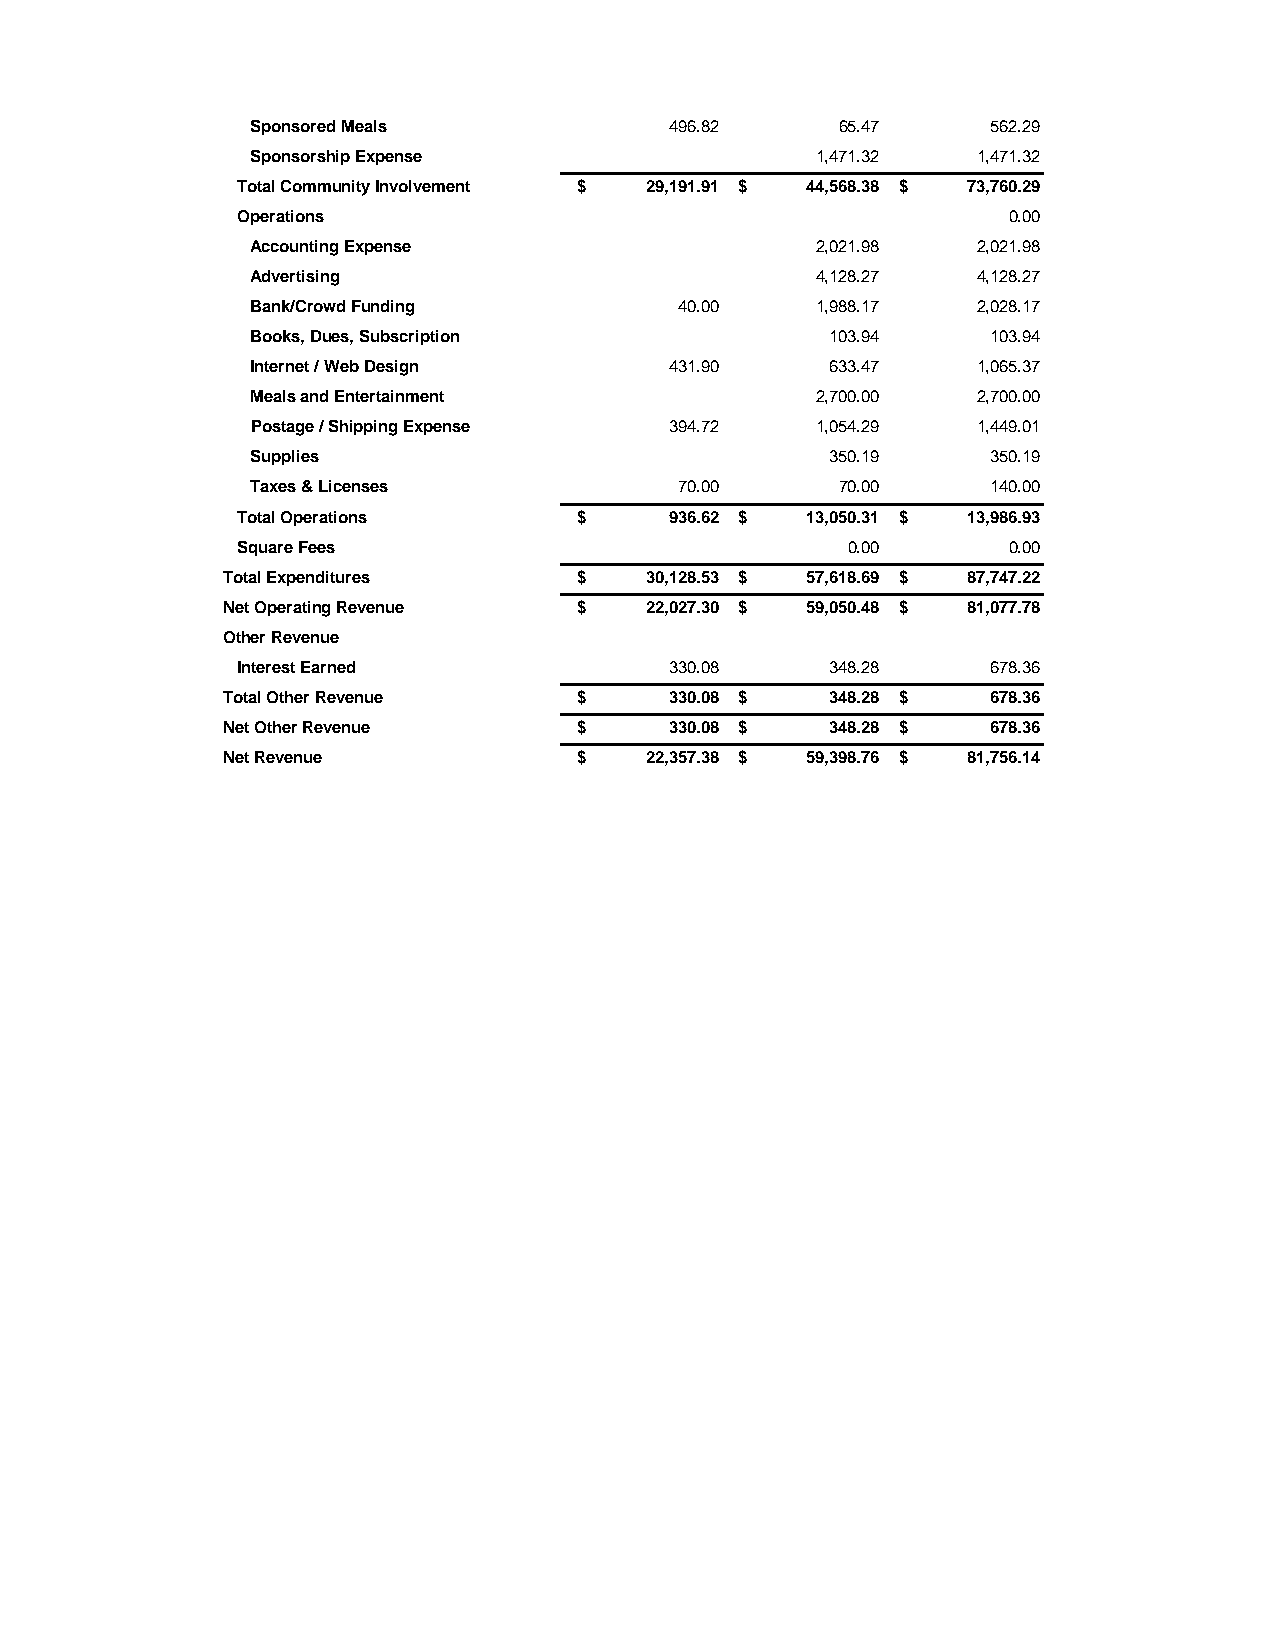
Sponsored Meals            496.82      65.47     562.29
 Sponsorship Expense                  1,471.32   1,471.32
 Total Community Involvement $ 29,191.91 $ 44,568.38 $ 73,760.29
 Operations                                         0.00
 Accounting Expense                   2,021.98   2,021.98
 Advertising                          4,128.27   4,128.27
 Bank/Crowd Funding          40.00    1,988.17   2,028.17
 Books, Dues, Subscription             103.94     103.94
 Internet / Web Design      431.90     633.47    1,065.37
 Meals and Entertainment              2,700.00   2,700.00
 Postage / Shipping Expense 394.72    1,054.29   1,449.01
 Supplies                              350.19     350.19
 Taxes & Licenses            70.00      70.00     140.00
 Total Operations      $     936.62 $ 13,050.31 $ 13,986.93
 Square Fees                             0.00       0.00
 Total Expenditures     $    30,128.53 $ 57,618.69 $ 87,747.22
 Net Operating Revenue  $    22,027.30 $ 59,050.48 $ 81,077.78
 Other Revenue
 Interest Earned             330.08     348.28     678.36
 Total Other Revenue    $     330.08 $   348.28 $   678.36
 Net Other Revenue      $     330.08 $   348.28 $   678.36
 Net Revenue            $    22,357.38 $ 59,398.76 $ 81,756.14